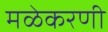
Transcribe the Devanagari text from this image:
मळेकरणी